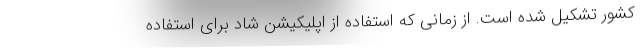
کشور تشکیل شده است. از زمانی که استفاده از اپلیکیشن شاد برای استفاده